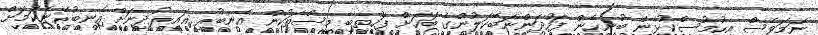
ނަމަވެސް އިހުމުސްކުޅިން ބުނިހެން ފަހުދަންނަބޭކަލުންގެ ބަހަށް ފަހުތިބި މީސްތަކުން އެނބުރި ޣައިރުދީނަށް އެނބުރޭނެކަމަށް